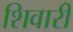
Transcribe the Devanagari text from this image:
शिवारी